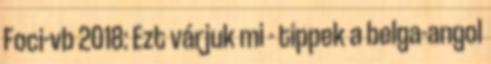
Foci-vb 2018: Ezt várjuk mi - tippek a belga-angol